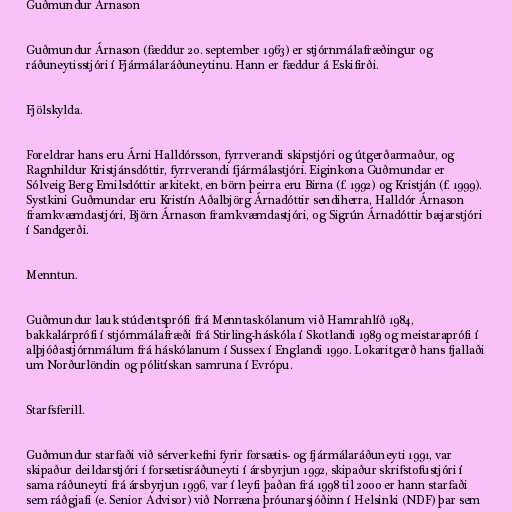
Guðmundur Árnason

Guðmundur Árnason (fæddur 20. september 1963) er stjórnmálafræðingur og
ráðuneytisstjóri í Fjármálaráðuneytinu. Hann er fæddur á Eskifirði.

Fjölskylda.

Foreldrar hans eru Árni Halldórsson, fyrrverandi skipstjóri og útgerðarmaður, og
Ragnhildur Kristjánsdóttir, fyrrverandi fjármálastjóri. Eiginkona Guðmundar er
Sólveig Berg Emilsdóttir arkitekt, en börn þeirra eru Birna (f. 1992) og Kristján (f. 1999).
Systkini Guðmundar eru Kristín Aðalbjörg Árnadóttir sendiherra, Halldór Árnason
framkvæmdastjóri, Björn Árnason framkvæmdastjóri, og Sigrún Árnadóttir bæjarstjóri
í Sandgerði.

Menntun.

Guðmundur lauk stúdentsprófi frá Menntaskólanum við Hamrahlíð 1984,
bakkalárprófi í stjórnmálafræði frá Stirling-háskóla í Skotlandi 1989 og meistaraprófi í
alþjóðastjórnmálum frá háskólanum í Sussex í Englandi 1990. Lokaritgerð hans fjallaði
um Norðurlöndin og pólitískan samruna í Evrópu.

Starfsferill.

Guðmundur starfaði við sérverkefni fyrir forsætis- og fjármálaráðuneyti 1991, var
skipaður deildarstjóri í forsætisráðuneyti í ársbyrjun 1992, skipaður skrifstofustjóri í
sama ráðuneyti frá ársbyrjun 1996, var í leyfi þaðan frá 1998 til 2000 er hann starfaði
sem ráðgjafi (e. Senior Advisor) við Norræna þróunarsjóðinn í Helsinki (NDF) þar sem